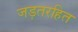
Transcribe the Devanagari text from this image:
जड़तरहित